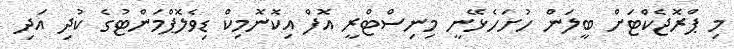
މި ޕްރޮޖެކްޓަށް ބީލަން ހުށަހެޅޭނީ މިނިސްޓްރީ އޮފް އިކޮނޮމިކް ޑިވެލޮޕްމަންޓުގެ ކުދި އަދި